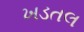
ખડતલ